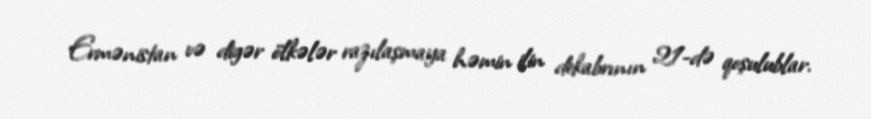
Ermənistan və digər ölkələr razılaşmaya həmin ilin dekabrının 21-də qoşulublar.